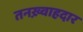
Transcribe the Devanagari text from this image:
तनख़्वाहदार